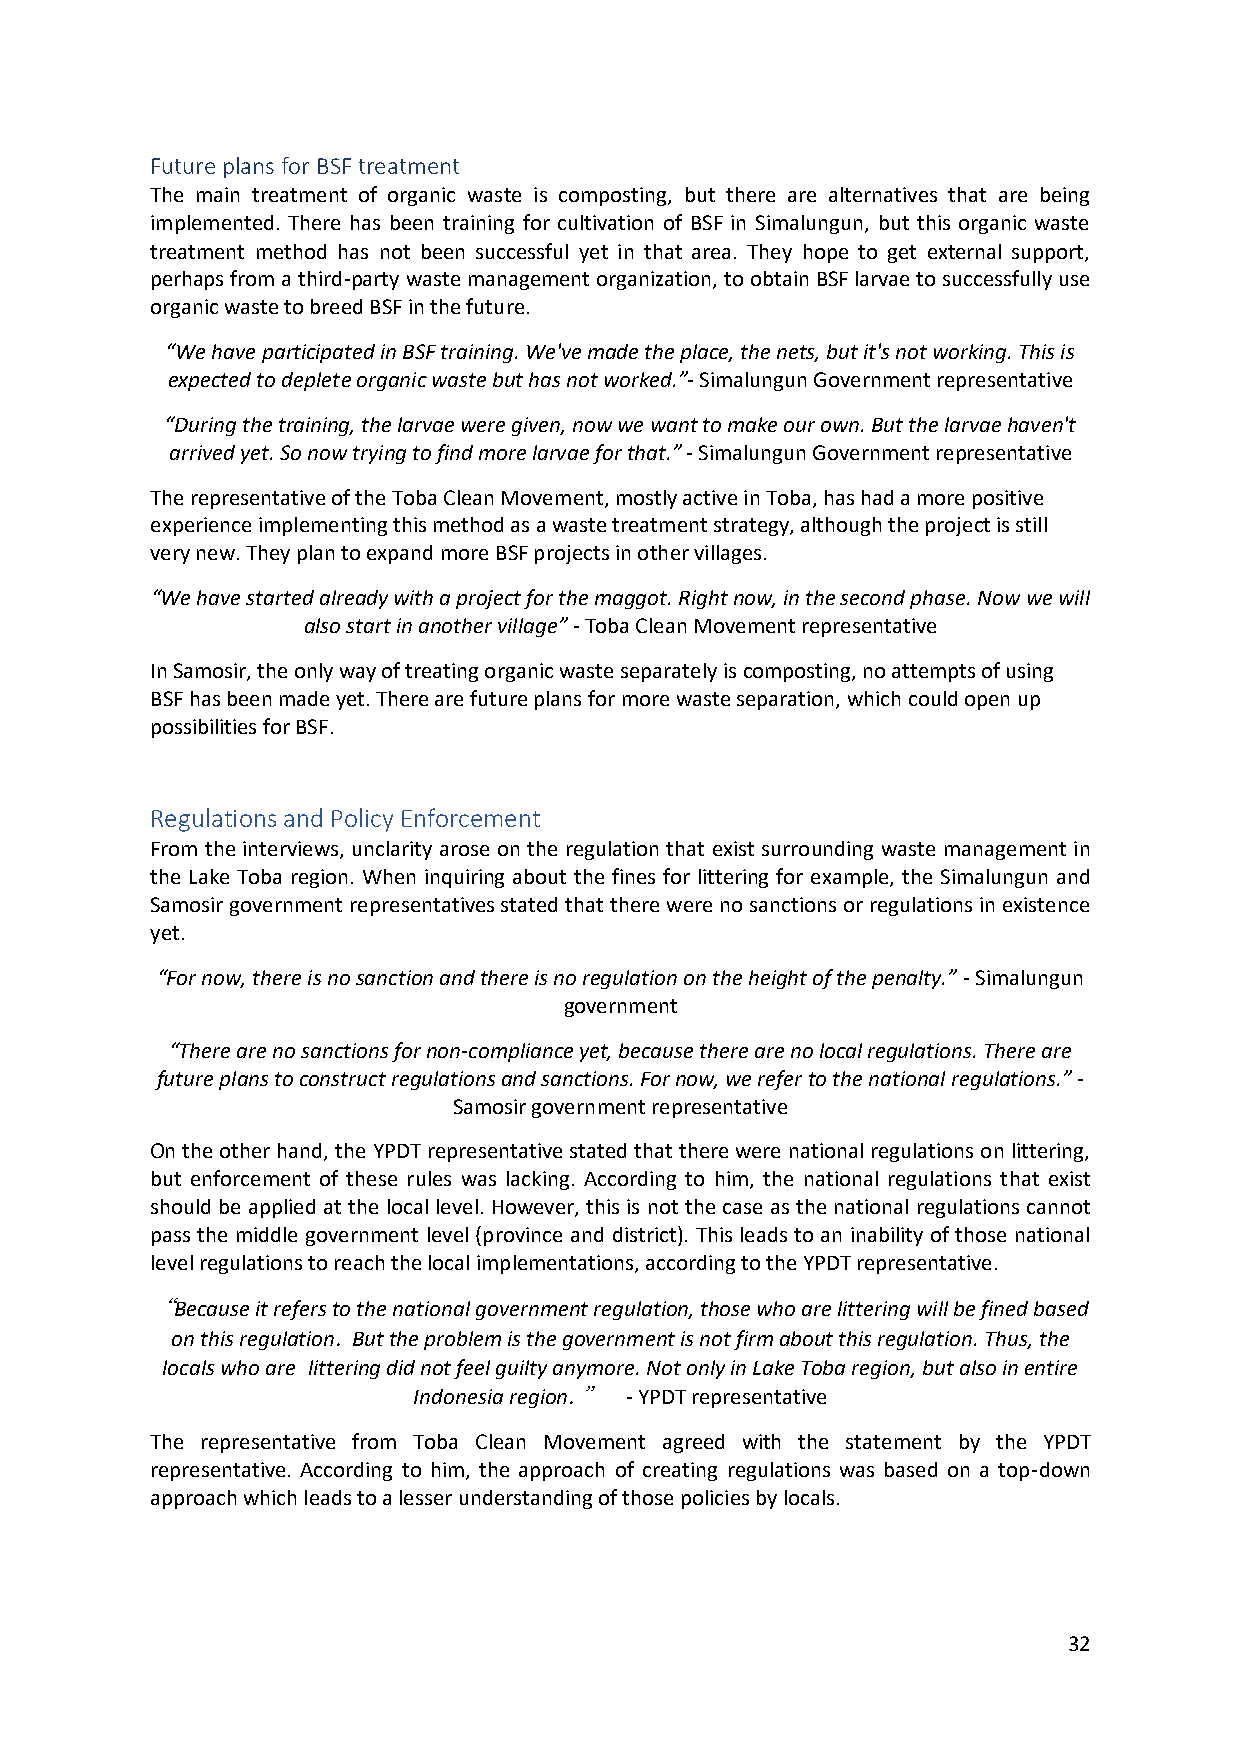
Future plans for BSF treatment
 The main treatment of organic waste is composting, but there are alternatives that are being
 implemented. There has been training for cultivation of BSF in Simalungun, but this organic waste
 treatment method has not been successful yet in that area. They hope to get external support,
 perhaps from a third-party waste management organization, to obtain BSF larvae to successfully use
 organic waste to breed BSF in the future.
 “We have participated in BSF training. We've made the place, the nets, but it's not working. This is
 expected to deplete organic waste but has not worked.”- Simalungun Government representative
 “During the training, the larvae were given, now we want to make our own. But the larvae haven't
 arrived yet. So now trying to find more larvae for that.” - Simalungun Government representative
 The representative of the Toba Clean Movement, mostly active in Toba, has had a more positive
 experience implementing this method as a waste treatment strategy, although the project is still
 very new. They plan to expand more BSF projects in other villages.
 “We have started already with a project for the maggot. Right now, in the second phase. Now we will
 also start in another village” - Toba Clean Movement representative
 In Samosir, the only way of treating organic waste separately is composting, no attempts of using
 BSF has been made yet. There are future plans for more waste separation, which could open up
 possibilities for BSF.
 Regulations and Policy Enforcement
 From the interviews, unclarity arose on the regulation that exist surrounding waste management in
 the Lake Toba region. When inquiring about the fines for littering for example, the Simalungun and
 Samosir government representatives stated that there were no sanctions or regulations in existence
 yet.
 “For now, there is no sanction and there is no regulation on the height of the penalty.” - Simalungun
 government
 “There are no sanctions for non-compliance yet, because there are no local regulations. There are
 future plans to construct regulations and sanctions. For now, we refer to the national regulations.” -
 Samosir government representative
 On the other hand, the YPDT representative stated that there were national regulations on littering,
 but enforcement of these rules was lacking. According to him, the national regulations that exist
 should be applied at the local level. However, this is not the case as the national regulations cannot
 pass the middle government level (province and district). This leads to an inability of those national
 level regulations to reach the local implementations, according to the YPDT representative.
 “Because it refers to the national government regulation, those who are littering will be fined based
 on this regulation. But the problem is the government is not firm about this regulation. Thus, the
 locals who are littering did not feel guilty anymore. Not only in Lake Toba region, but also in entire
 Indonesia region.” - YPDT representative
 The representative from Toba Clean Movement agreed with the statement by the YPDT
 representative. According to him, the approach of creating regulations was based on a top-down
 approach which leads to a lesser understanding of those policies by locals.
 32